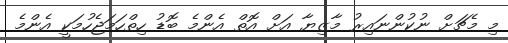
މި މެޗަށް ނުކުންނައިރު މާޒިޔާ އަށް އޮތް އެންމެ ބޮޑު ހިތްހަމަޖެހުމަކީ އެންމެ